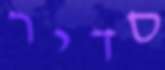
סדיר